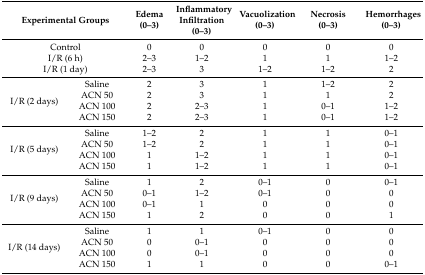
<table><thead><tr><td colspan="2"><b>Experimental Groups</b></td><td><b>Edema (0–3)</b></td><td><b>Inflammatory Infiltration (0–3)</b></td><td><b>Vacuolization (0–3)</b></td><td><b>Necrosis (0–3)</b></td><td><b>Hemorrhages (0–3)</b></td></tr></thead><tbody><tr><td colspan="2">Control</td><td>0</td><td>0</td><td>0</td><td>0</td><td>0</td></tr><tr><td colspan="2">I/R (6 h)</td><td>2–3</td><td>1–2</td><td>1</td><td>1</td><td>1–2</td></tr><tr><td colspan="2">I/R (1 day)</td><td>2–3</td><td>3</td><td>1–2</td><td>1–2</td><td>2</td></tr><tr><td rowspan="4">I/R (2 days)</td><td>Saline</td><td>2</td><td>3</td><td>1</td><td>1–2</td><td>2</td></tr><tr><td>ACN 50</td><td>2</td><td>3</td><td>1</td><td>1</td><td>2</td></tr><tr><td>ACN 100</td><td>2</td><td>2–3</td><td>1</td><td>0–1</td><td>1–2</td></tr><tr><td>ACN 150</td><td>2</td><td>2–3</td><td>1</td><td>0–1</td><td>1–2</td></tr><tr><td rowspan="4">I/R (5 days)</td><td>Saline</td><td>1–2</td><td>2</td><td>1</td><td>1</td><td>0–1</td></tr><tr><td>ACN 50</td><td>1–2</td><td>2</td><td>1</td><td>1</td><td>0–1</td></tr><tr><td>ACN 100</td><td>1</td><td>1–2</td><td>1</td><td>1</td><td>0–1</td></tr><tr><td>ACN 150</td><td>1</td><td>1–2</td><td>1</td><td>1</td><td>0–1</td></tr><tr><td rowspan="4">I/R (9 days)</td><td>Saline</td><td>1</td><td>2</td><td>0–1</td><td>0</td><td>0–1</td></tr><tr><td>ACN 50</td><td>0–1</td><td>1–2</td><td>0–1</td><td>0</td><td>0</td></tr><tr><td>ACN 100</td><td>0–1</td><td>1</td><td>0</td><td>0</td><td>0</td></tr><tr><td>ACN 150</td><td>1</td><td>2</td><td>0</td><td>0</td><td>1</td></tr><tr><td rowspan="4">I/R (14 days)</td><td>Saline</td><td>1</td><td>1</td><td>0–1</td><td>0</td><td>0</td></tr><tr><td>ACN 50</td><td>0</td><td>0–1</td><td>0</td><td>0</td><td>0</td></tr><tr><td>ACN 100</td><td>0</td><td>0–1</td><td>0</td><td>0</td><td>0</td></tr><tr><td>ACN 150</td><td>1</td><td>1</td><td>0</td><td>0</td><td>0–1</td></tr></tbody></table>